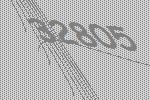
32805